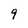
Character: 9